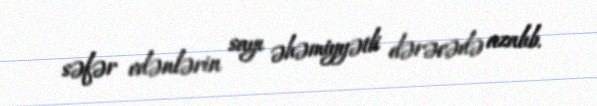
səfər edənlərin sayı əhəmiyyətli dərəcədə azalıb.